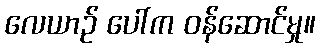
လေယာဉ် ပေါ်က ဝန်ဆောင်မှု။